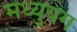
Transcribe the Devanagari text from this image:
मध्युयग